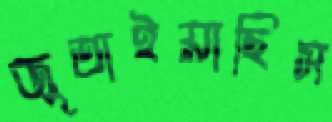
জুতাইয়াছিস